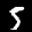
Label: 5